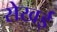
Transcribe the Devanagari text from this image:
सेखई